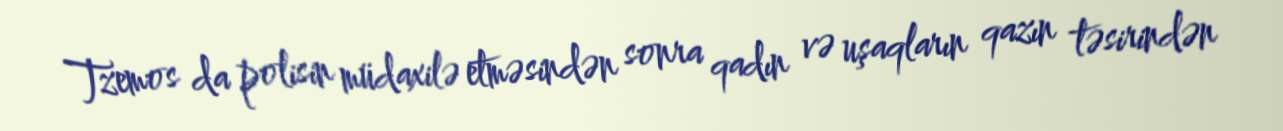
Tzemos da polisin müdaxilə etməsindən sonra qadın və uşaqların qazın təsirindən